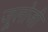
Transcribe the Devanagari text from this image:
जूलोजी